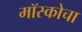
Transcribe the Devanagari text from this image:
मॉस्कोचा